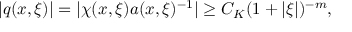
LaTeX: | q ( x , \xi ) | = | \chi ( x , \xi ) a ( x , \xi ) ^ { - 1 } | \geq C _ { K } ( 1 + | \xi | ) ^ { - m } ,